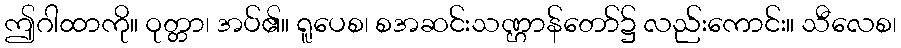
ဤဂါထာကို။ ဝုတ္တာ၊ အပ်၏။ ရူပေစ၊ စအဆင်းသဏ္ဌာန်တော်၌ လည်းကောင်း။ သီလေစ၊